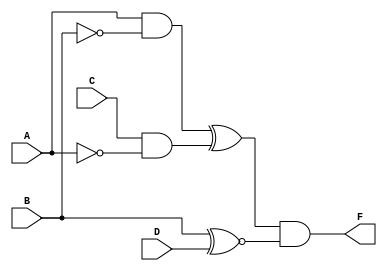
module Lab1_dataflow (F,A,B,C,D);
	input A,B,C,D;
	output F;
	wire wireAB,wireAC,wireBD,wireABC;
	assign wireAB=A&~B;
	assign wireAC=C&~A;
	assign wireBD=B^~D;
	assign wireABC=wireAB^wireAC;
	assign F=wireABC&wireBD;
endmodule